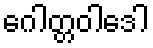
ဂေါတ္တဝါဒေါ